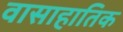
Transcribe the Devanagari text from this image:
वासाहातिक